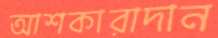
আশকারাদান